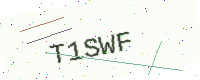
Text: T1SWF